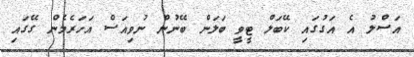
އަސްލު އެ އަގުގައި ކޭބަލް ޓީވީ ބަލަން ބޭނުން ނުވިއަސް އަހަރެމެން ގޭގައި